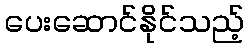
ပေးဆောင်နိုင်သည့်